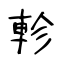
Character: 軫